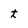
Character: t